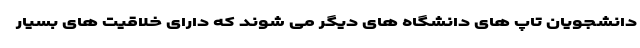
دانشجویان تاپ های دانشگاه های دیگر می شوند که دارای خلاقیت های بسیار